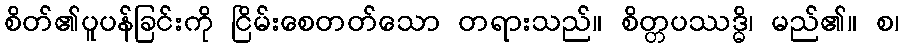
စိတ်၏ပူပန်ခြင်းကို ငြိမ်းစေတတ်သော တရားသည်။ စိတ္တပဿဒ္ဓိ၊ မည်၏။ စ၊